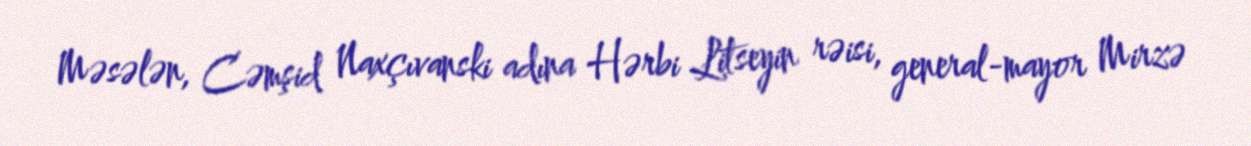
Məsələn, Cəmşid Naxçıvanski adına Hərbi Litseyin rəisi, general-mayor Mirzə